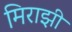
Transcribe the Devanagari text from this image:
मिराझी